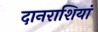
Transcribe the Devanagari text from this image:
दानराशियां